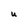
Character: U